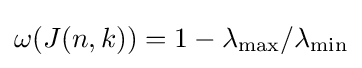
\omega (J(n,k))=1-\lambda _{\max }/\lambda _{\min }